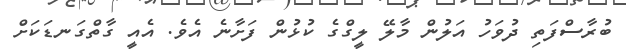
ބުރާސްފަތި ދުވަހު އަލުން މާލޭ ލީގްގެ ކުޅުން ފަށާނެ އެވެ. އެއީ ގާތްގަނޑަކަށް